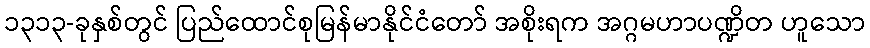
၁၃၁၃-ခုနှစ်တွင် ပြည်ထောင်စုမြန်မာနိုင်ငံတော် အစိုးရက အဂ္ဂမဟာပဏ္ဍိတ ဟူသော